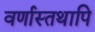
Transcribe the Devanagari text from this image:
वर्णास्तथापि